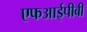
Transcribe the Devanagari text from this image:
एफआईपीबी